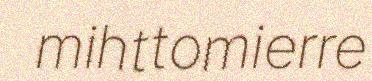
mihttomierre